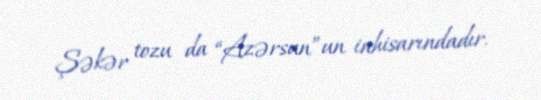
Şəkər tozu da “Azərsun”un inhisarındadır.